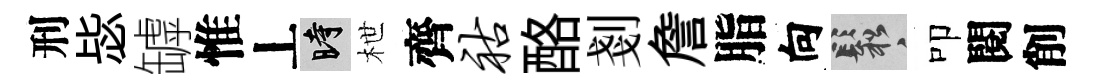
刑毖罅惟丄时枻齊祜酪剗詹脂向鬆叩閱削